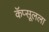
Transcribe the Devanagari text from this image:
कॅप्सूलला